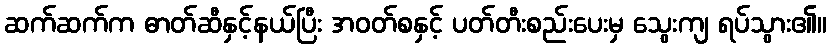
ဆက်ဆက်က ဓာတ်ဆီနှင့်နယ်ပြီး အဝတ်စနှင့် ပတ်တီးစည်းပေးမှ သွေးကျ ရပ်သွား၏။